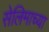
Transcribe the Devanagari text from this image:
सेलिमाच्या